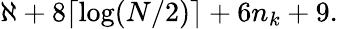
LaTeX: \aleph+8\lceil\log(N/2)\rceil+6n_{k}+9.